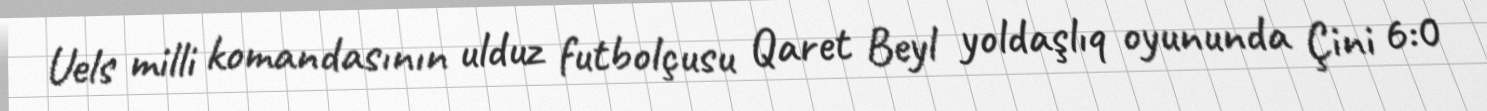
Uels milli komandasının ulduz futbolçusu Qaret Beyl yoldaşlıq oyununda Çini 6:0